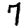
Digit: 7